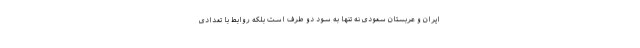
ایران و عربستان سعودی نه تنها به سود دو طرف است بلکه روابط با تعدادی